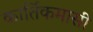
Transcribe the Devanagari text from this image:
कार्तिकमासीं